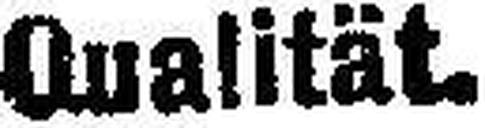
Qualität.